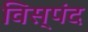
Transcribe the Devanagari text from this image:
विस्पंद